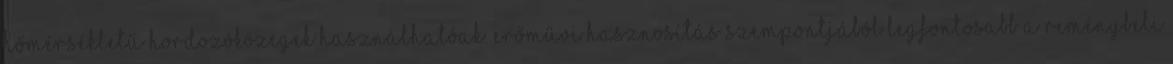
hőmérsékletű hordozóközegek használhatóak. Erőművi hasznosítás szempontjából legfontosabb a reménybeli